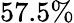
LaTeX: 57.5\%